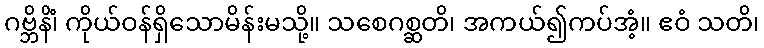
ဂဗ္ဘိနိံ၊ ကိုယ်ဝန်ရှိသောမိန်းမသို့။ သစေဂစ္ဆတိ၊ အကယ်၍ကပ်အံ့။ ဧဝံ သတိ၊